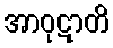
အာဝုဋာတိ